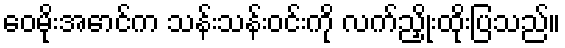
ဝေမိုးအောင်က သန်းသန်းဝင်းကို လက်ညှိုးထိုးပြသည်။